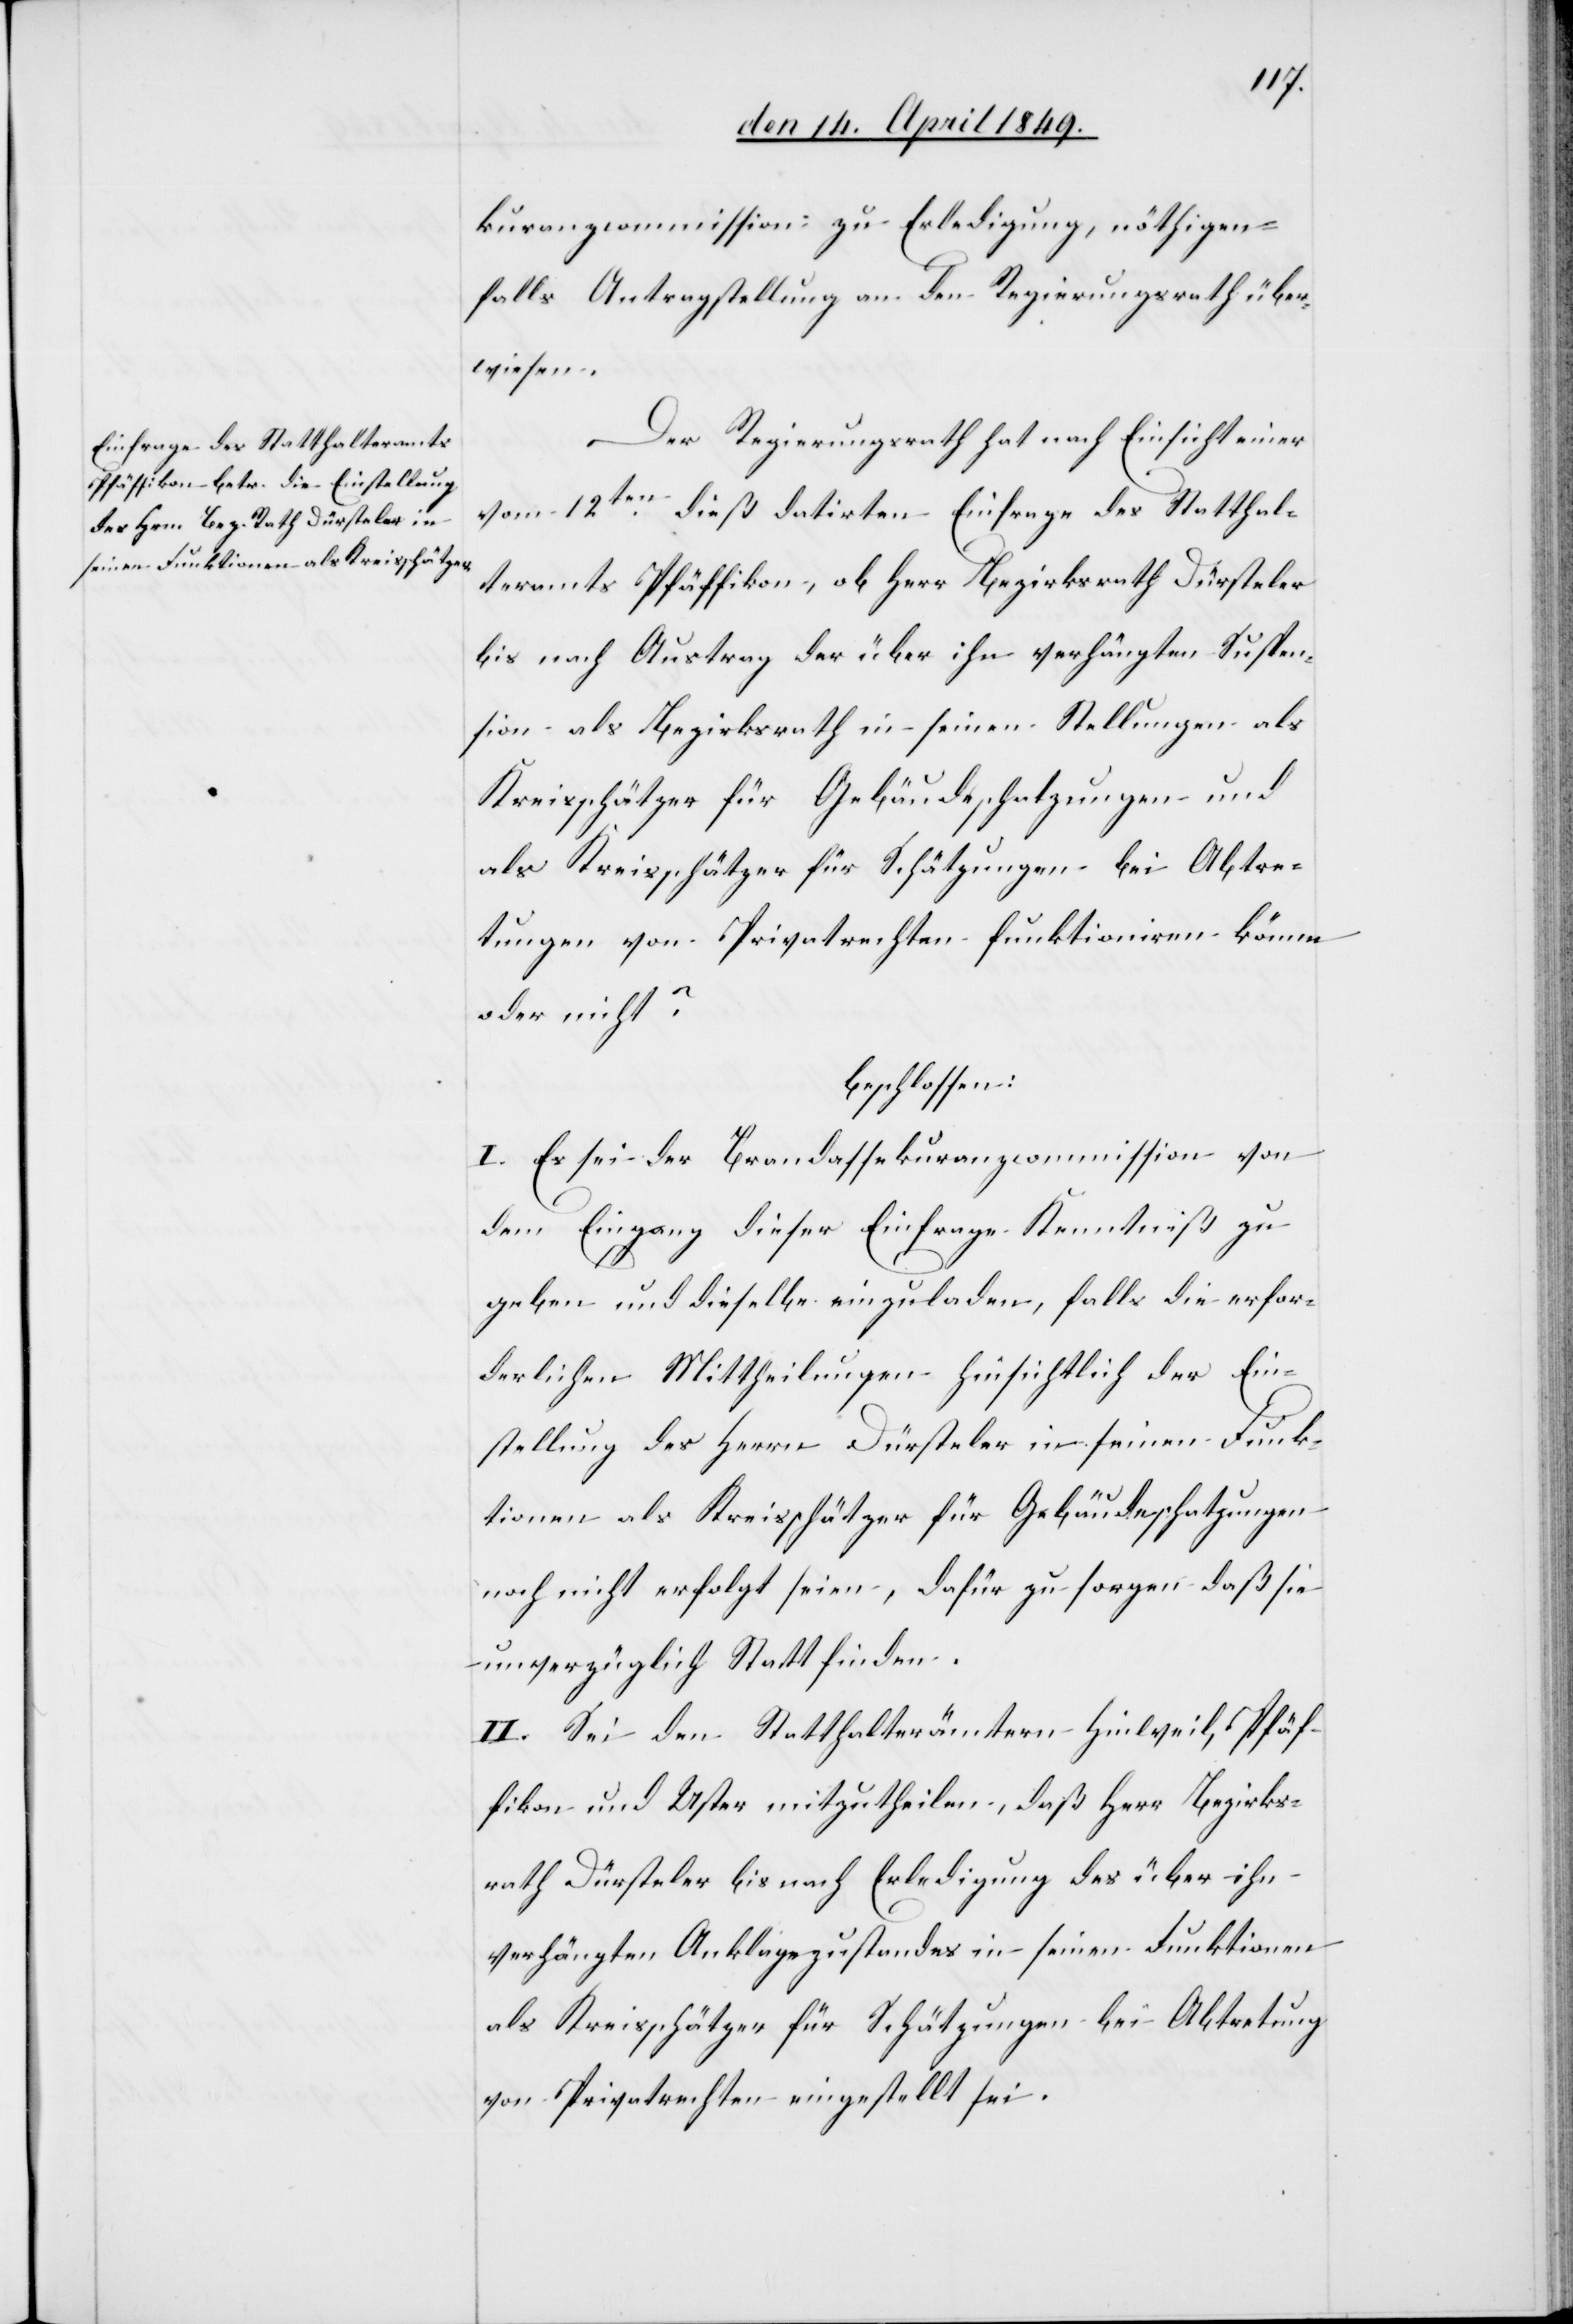
kuranzcommission zu Erledigung, nöthigen¬
falls Antragstellung an den Regierungsrath über¬
wiesen.
Der Regierungsrath hat nach Einsicht einer
vom 12ten dieß datirten Einfrage des Statthal¬
teramts Pfäffikon, ob Herr Bezirksrath Dürsteler
bis nach Austrag der über ihn verhängten Suspen¬
sion als Bezirksrath in seinen Stellungen als
Kreisschätzer für Gebäudeschatzungen und
als Kreisschätzer für Schätzungen bei Abtre¬
tungen von Privatrechten funktionieren könne
oder nicht?
beschlossen:
I. Es sei der Brandassekuranzcommission von
dem Eingang dieser Einfrage Kenntniß zu
geben und dieselbe einzuladen, falls die erfor¬
derlichen Mittheilungen hinsichtlich der Ein¬
stellung des Herrn Dürsteler in seinen Funk¬
tionen als Kreisschätzer für Gebäudeschatzungen
noch nicht erfolgt seien, dafür zu sorgen daß sie
unverzüglich Statt finden.
II. Sei den Statthalterämtern Hinweil, Pfäf¬
fikon und Uster mitzutheilen, daß Herr Bezirks¬
rath Dürsteler bis nach Erledigung des über ihn
verhängten Anklagezustandes in seinen Funktionen
als Kreisschätzer für Schätzungen bei Abtretung
von Privatrechten eingestellt sei.